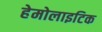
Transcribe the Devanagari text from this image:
हेमोलाइटिक